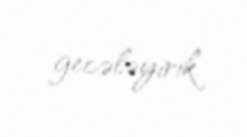
gecələyirik.